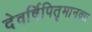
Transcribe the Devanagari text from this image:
देवर्षिपितृमानवाः